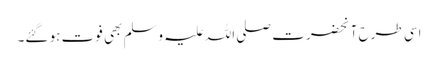
اسی طرح آنحضرت صلی اللہ علیہ وسلم بھی فوت ہو گئے۔